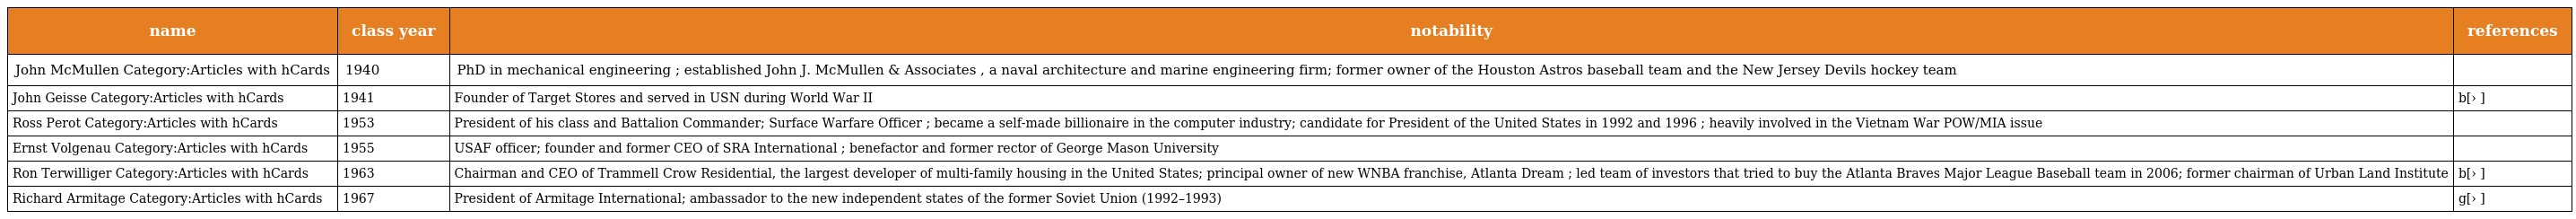
| name | class year | notability | references |
 | --- | --- | --- | --- |
 | John McMullen Category:Articles with hCards | 1940 | PhD in mechanical engineering ; established John J. McMullen & Associates , a naval architecture and marine engineering firm; former owner of the Houston Astros baseball team and the New Jersey Devils hockey team |  |
 | John Geisse Category:Articles with hCards | 1941 | Founder of Target Stores and served in USN during World War II | b[› ] |
 | Ross Perot Category:Articles with hCards | 1953 | President of his class and Battalion Commander; Surface Warfare Officer ; became a self-made billionaire in the computer industry; candidate for President of the United States in 1992 and 1996 ; heavily involved in the Vietnam War POW/MIA issue |  |
 | Ernst Volgenau Category:Articles with hCards | 1955 | USAF officer; founder and former CEO of SRA International ; benefactor and former rector of George Mason University |  |
 | Ron Terwilliger Category:Articles with hCards | 1963 | Chairman and CEO of Trammell Crow Residential, the largest developer of multi-family housing in the United States; principal owner of new WNBA franchise, Atlanta Dream ; led team of investors that tried to buy the Atlanta Braves Major League Baseball team in 2006; former chairman of Urban Land Institute | b[› ] |
 | Richard Armitage Category:Articles with hCards | 1967 | President of Armitage International; ambassador to the new independent states of the former Soviet Union (1992–1993) | g[› ] |